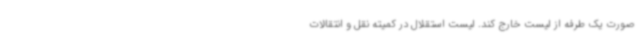
صورت یک طرفه از لیست خارج کند. لیست استقلال در کمیته نقل و انتقالات